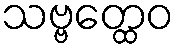
သဗ္ဗတ္ထေဝ